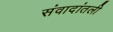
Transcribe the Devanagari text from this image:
संवादांतली